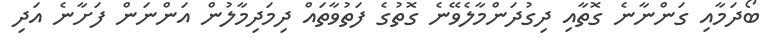
ބޯދަމާއި ގަންނާނެ ގޮތާއި ދިގުުދަންމާލެވޭނެ ގޮތުގެ ފަތުވާތައް ދިމަދިމާލުން އަންނަން ފަށާނެ އަދި